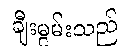
ချီးမွမ်းသည်